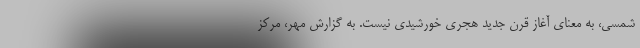
شمسی، به معنای آغاز قرن جدید هجری خورشیدی نیست. به گزارش مهر، مرکز